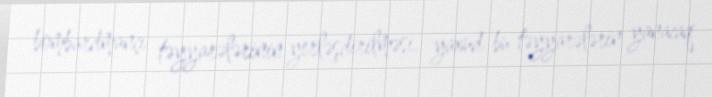
bombardmançı təyyarələrinin yerləşdirilməsi, yaxud bu təyyarələrin yanacaq